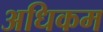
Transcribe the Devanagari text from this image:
अधिकम